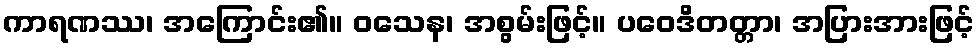
ကာရဏဿ၊ အကြောင်း၏။ ဝသေန၊ အစွမ်းဖြင့်။ ပဝေဒိတတ္တာ၊ အပြားအားဖြင့်